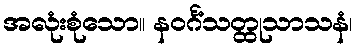
အလုံးစုံသော။ နဝင်္ဂံသတ္ထုသာသနံ၊